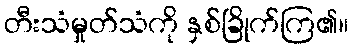
တီးသံမှုတ်သံကို နှစ်ခြိုက်ကြ၏။